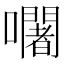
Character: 𡄢